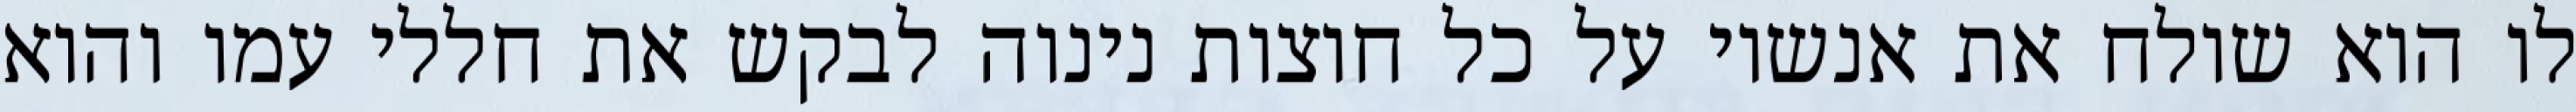
לו הוא שולח את אנשיו על כל חוצות נינוה לבקש את חללי עמו והוא